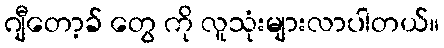
ဂျီတော့ခ် တွေ ကို လူသုံးများလာပါတယ်။